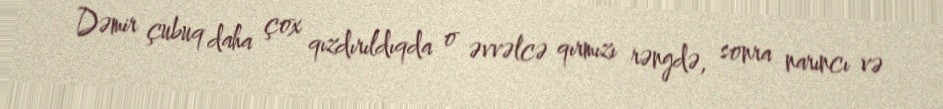
Dəmir çubuq daha çox qızdırıldıqda o əvvəlcə qırmızı rəngdə, sonra narıncı və